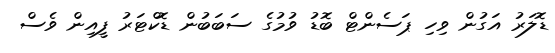
ޑޮލަރު އަގުން ވިހި ޕަސެންޓް ބޮޑު ވުމުގެ ސަބަބުން ޑޮކްޓަރު ފީއިން ވެސް